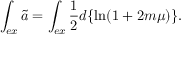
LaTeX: \int _ { e x } \tilde { a } = \int _ { e x } \frac { 1 } { 2 } d \{ \ln ( 1 + 2 m \mu ) \} .